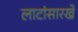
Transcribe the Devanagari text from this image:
लाटांसारखे